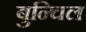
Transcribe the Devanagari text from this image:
बुन्चिल